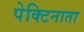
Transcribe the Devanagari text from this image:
पेक्टिनाता